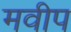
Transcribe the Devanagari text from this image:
मवीप